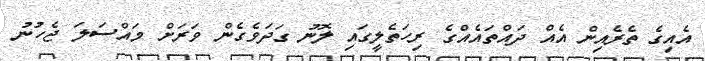
އެއިގެ ތެރެއިން އެއް ދައްތައެއްގެ ރިހަތެލީގައި ލޮނު ގަދަވެގެން ވަރަށް މައްސަލަ ޖެހުނު